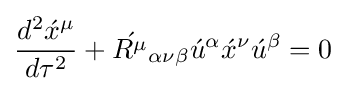
{{d^{2}{\acute {x}}^{\mu }} \over {d\tau ^{2}}}+{\acute {{R}^{\mu }}}_{\alpha \nu \beta }{\acute {u}}^{\alpha }{\acute {x}}^{\nu }{\acute {u}}^{\beta }=0